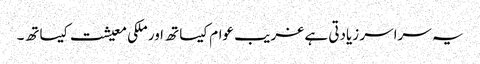
یہ سراسر زیادتی ہے غریب عوام کیساتھ اور ملکی معیشت کیساتھ۔